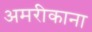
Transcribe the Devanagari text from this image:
अमरीकाना